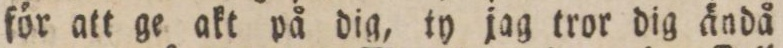
för att ge akt på dig, ty jag tror dig ändå